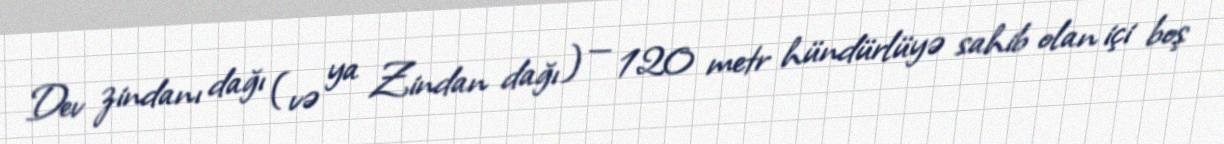
Dev zindanı dağı (və ya Zindan dağı) — 120 metr hündürlüyə sahib olan içi boş